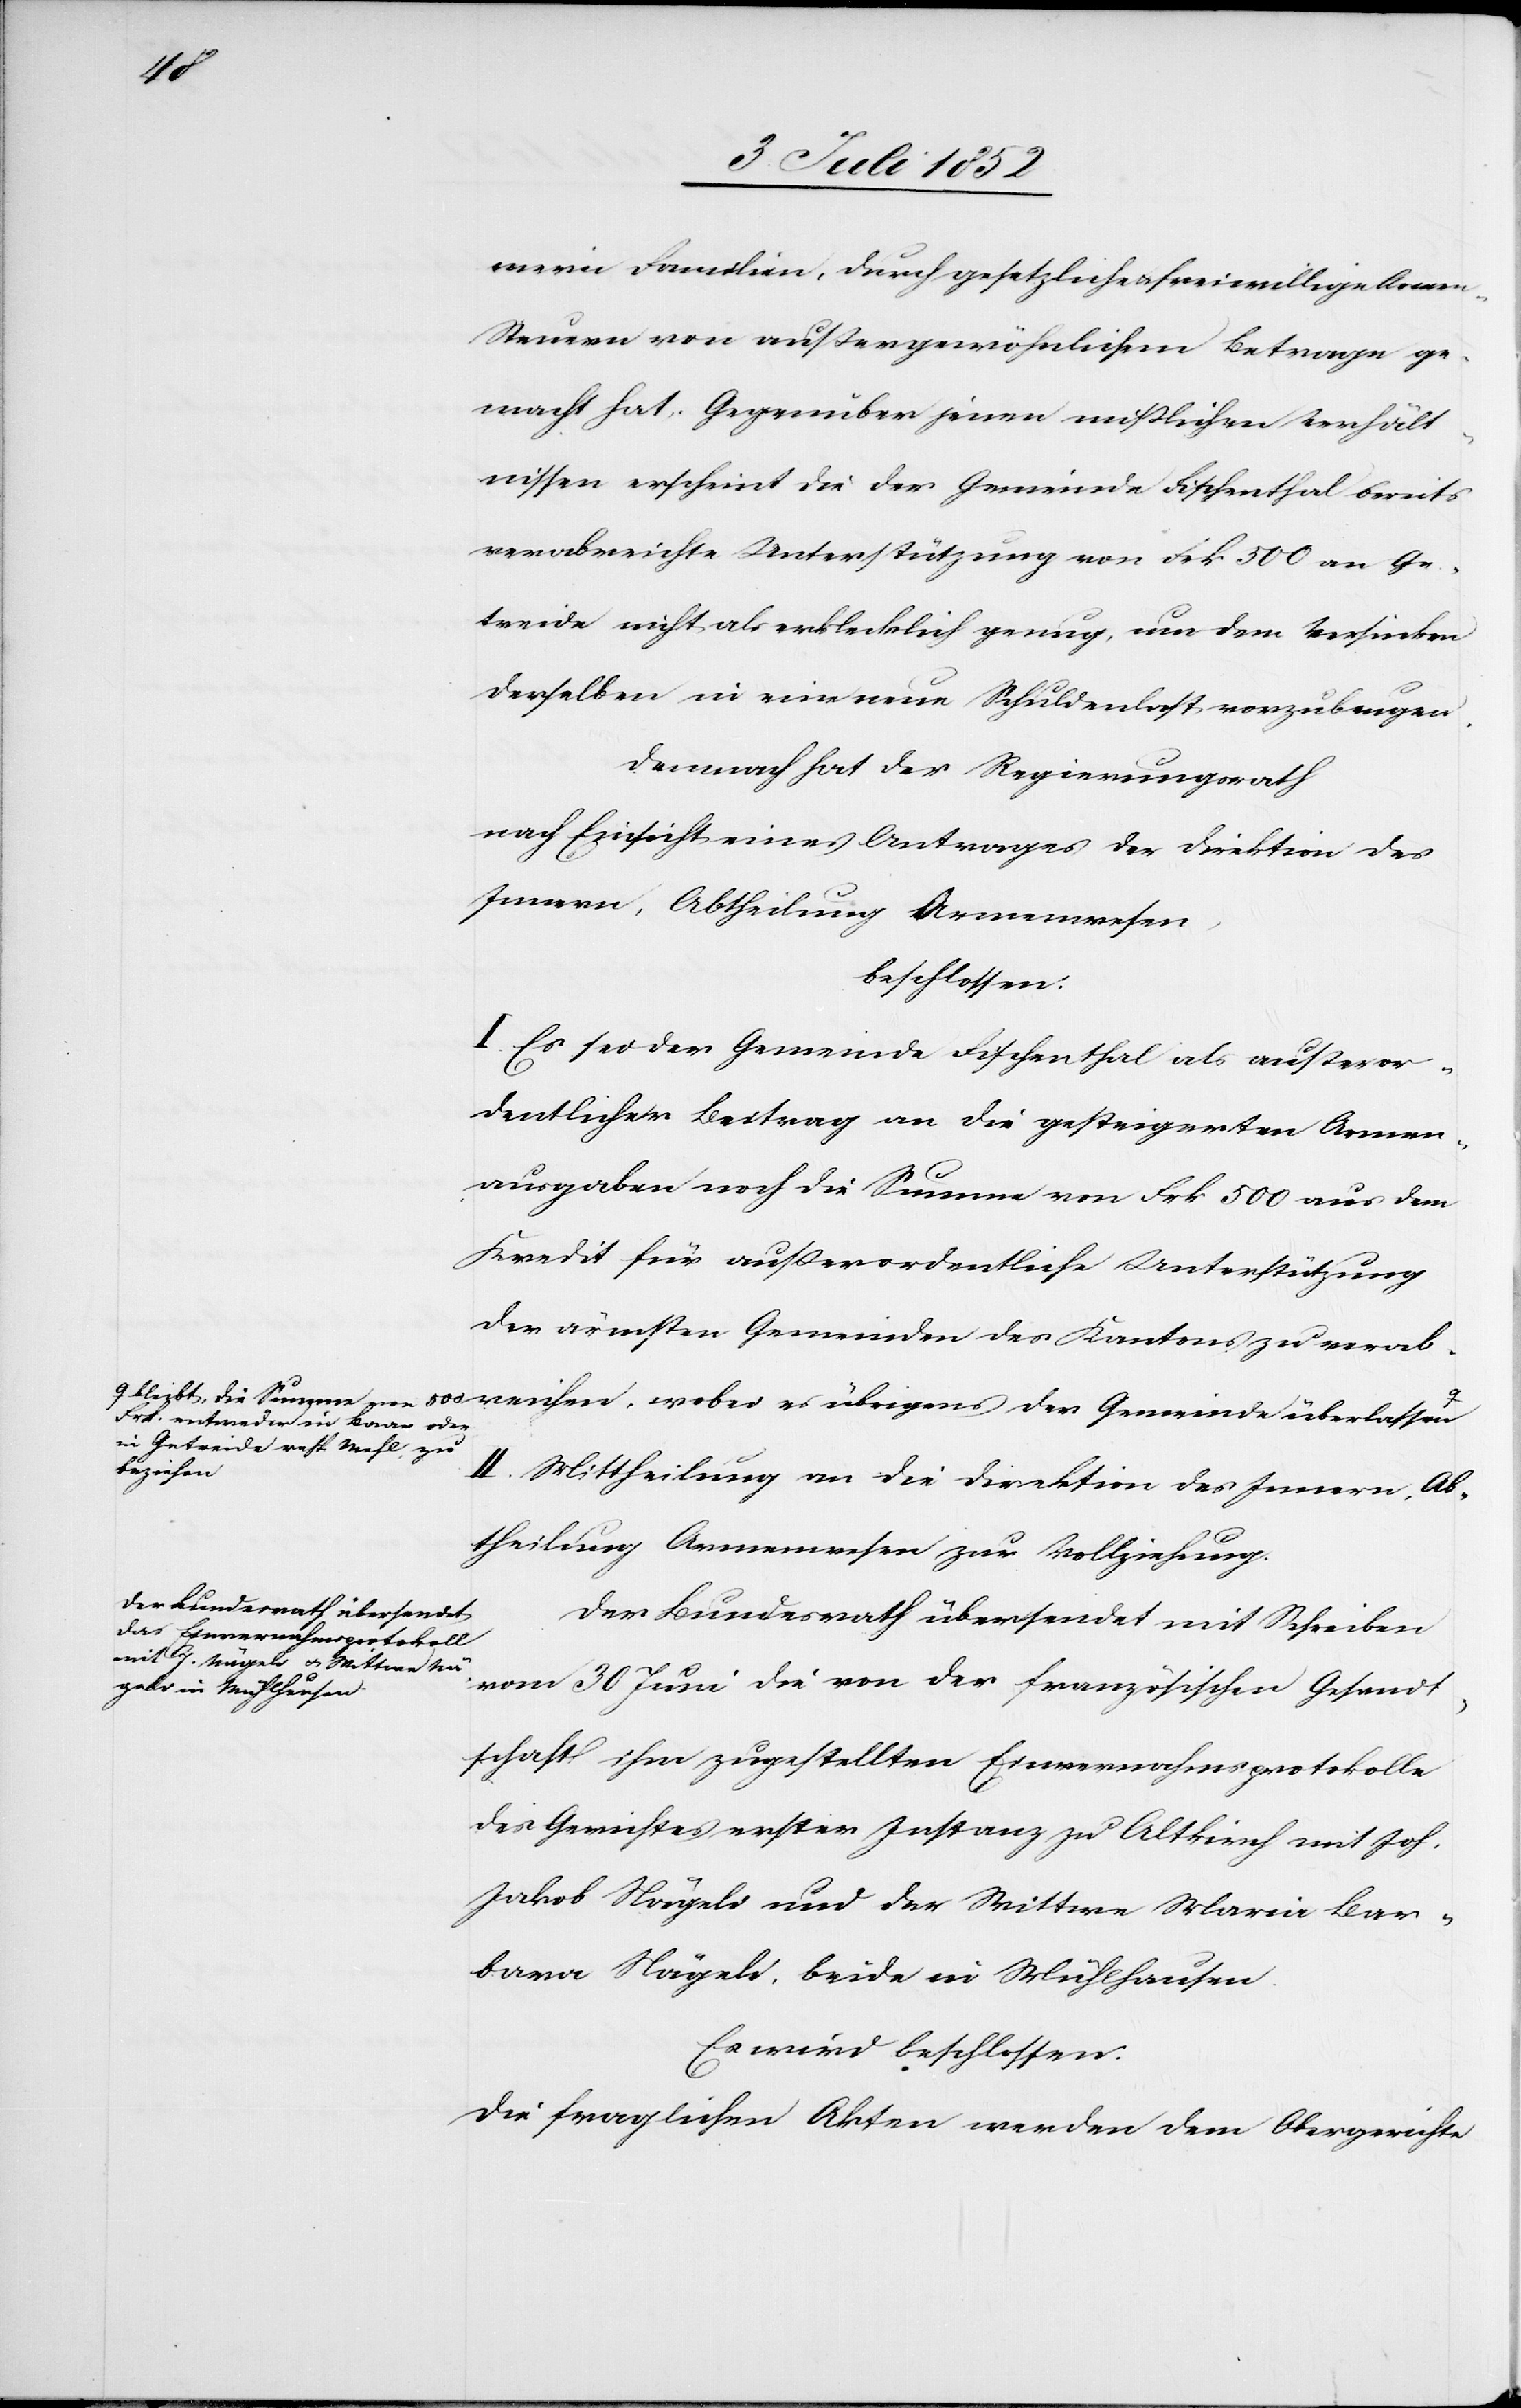
mern Familien, durch gesetzliche & freiwillige Arme¬
n-Steuern von außergewöhnlichem Betrage ge¬
macht hat. Gegenüber jenen mißlichen Verhält¬
nissen erscheint die der Gemeinde Fischenthal bereits
verabreichte Unterstützung von Frk 500 an Ge¬
treide nicht als erklecklich genug, um dem Versinken
derselben in eine neue Schuldenlast vorzubeugen.
Demnach hat der Regierungsrath
nach Einsicht eines Antrages der Direktion des
Innern, Abtheilung Armenwesen,
beschlossen:
I. Es sei der Gemeinde Fischenthal als außeror¬
dentlicher Beitrag an die gesteigerten Armen¬
500
ausgaben noch die Summe von Frk 500 aus dem
Kredit für außerordentliche Unterstützung
der ärmsten Gemeinden des Kantons zu verab¬
von
Frk. entweder in Baar oder
in Getreide resp. Mehl zu
beziehen-a
II. Mittheilung an die Direktion des Innern, Ab¬
übri¬
theilung Armenwesen zur Vollziehung.
Der Bundesrath übersendet mit Schreiben
vom 30 Juni die von der französischen Gesandt¬
schaft ihm zugestellten Einvernahmsprotokolle
des Gerichtes erster Instanz zu Altkirch mit Joh.
Jakob Nägeli und der Wittwe Maria Bar¬
bara Nägeli, beide in Mühlhausen.
Es wird beschlossen:
Die fraglichen Akten werden dem Obergerichte